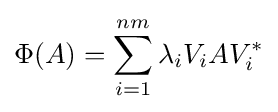
\Phi (A)=\sum _{i=1}^{nm}\lambda _{i}V_{i}AV_{i}^{*}